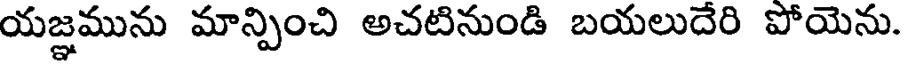
యజ్ఞమును మాన్పించి అచటినుండి బయలుదేరి పోయెను.